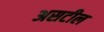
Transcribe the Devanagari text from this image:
असटील